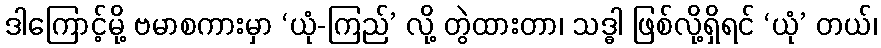
ဒါကြောင့်မို့ ဗမာစကားမှာ ‘ယုံ-ကြည်’ လို့ တွဲထားတာ၊ သဒ္ဓါ ဖြစ်လို့ရှိရင် ‘ယုံ’ တယ်၊